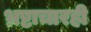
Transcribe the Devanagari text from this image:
भ्रष्टाचारही